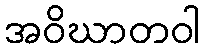
အဝိဃာတဝါ